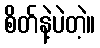
စိတ်နဲ့ပဲတဲ့။